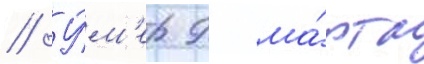
// У́м'ер 9 ма́рта